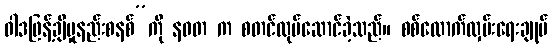
ဝါဒဖြန့်ချိမှုနည်းစနစ်”ကို နဝတ က စတင်လုပ်ဆောင်ခဲ့သည်။ စစ်ထောက်လှမ်းရေးချုပ်